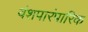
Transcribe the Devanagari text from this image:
वंशपारंपारिक